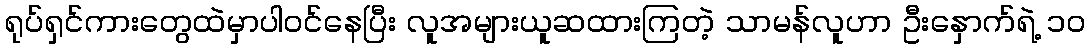
ရုပ်ရှင်ကားတွေထဲမှာပါဝင်နေပြီး လူအများယူဆထားကြတဲ့ သာမန်လူဟာ ဦးနှောက်ရဲ့ ၁၀